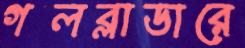
গলব্লাডারে